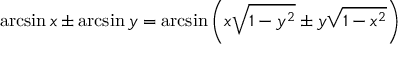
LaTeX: \arcsin x \pm \arcsin y = \arcsin \left( x { \sqrt { 1 - y ^ { 2 } } } \pm y { \sqrt { 1 - x ^ { 2 } } } \right)